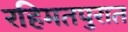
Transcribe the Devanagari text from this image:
रहिमतपुरात